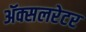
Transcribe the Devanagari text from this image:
ॲक्सलरेटर